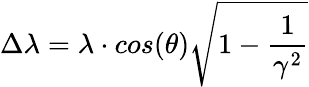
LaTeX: \Delta\lambda=\lambda\cdot cos(\theta)\sqrt{1-\frac{1}{\gamma^{2}}}